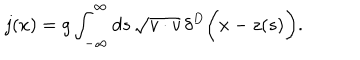
LaTeX: j ( x ) = g \int _ { - \infty } ^ { \infty } d s \, \sqrt { v \cdot v } \, \delta ^ { D } \biggl ( x - z ( s ) \biggr ) .